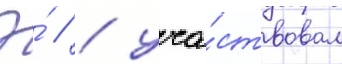
Э́ // / уча́ствовал